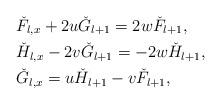
LaTeX: \begin{align*} &\check{F}_{l,x}+2u\check{G}_{l+1}=2w\check{F}_{l+1},\\ &\check{H}_{l,x}-2v\check{G}_{l+1}=-2w\check{H}_{l+1},\\ &\check{G}_{l,x}=u\check{H}_{l+1}-v\check{F}_{l+1}, \end{align*}